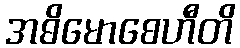
အဓိမောစေဟီတိ